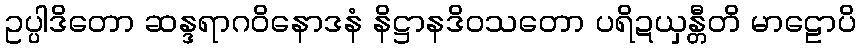
ဥပ္ပါဒိတော ဆန္ဒရာဂဝိနောဒနံ နိဋ္ဌာနဒိဝသတော ပရိဍယှန္တီတိ မာဠောပိ